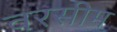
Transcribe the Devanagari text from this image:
वरसीम